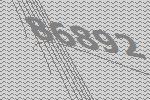
86892